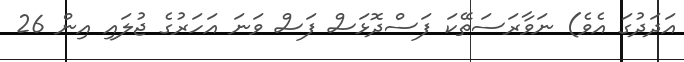
އަދަދުގަ އެވެ) ނަވާރަސަތޭކަ ފަސްދޮޅަސް ފަސް ވަނަ އަހަރުގެ ޖުލައި އިން 26